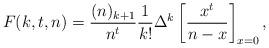
LaTeX: \begin{align*}F(k,t,n) = \frac{(n)_{k+1}}{n^t} \frac{1}{k!} \Delta^k \left[ \frac{x^t}{n-x} \right]_{x=0}^{},\end{align*}